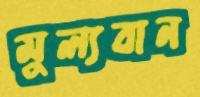
মুল্যবান